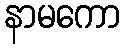
နာမကော